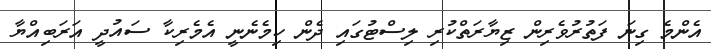
އެންމެ ގިނަ ފަތުރުވެރިން ޒިޔާރަތްކުރި ލިސްޓުގައި ދެން ހިމެނެނީ އެމެރިކާ ސައުދީ އަރަބިއްޔާ